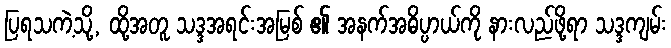
ပြရသကဲ့သို့, ထို့အတူ သဒ္ဒအရင်းအမြစ် ၏ အနက်အဓိပ္ပာယ်ကို နားလည်ဖို့ရာ သဒ္ဒကျမ်း